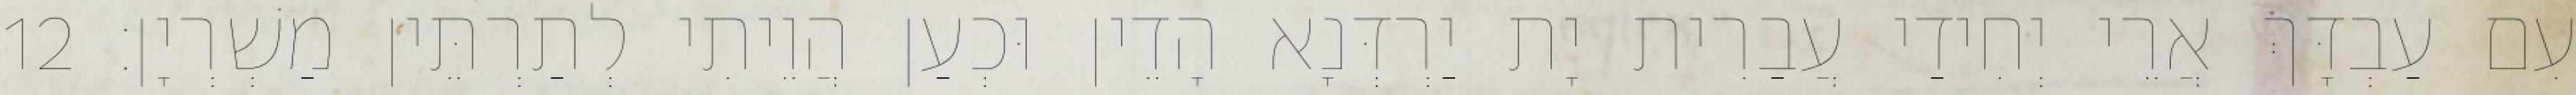
עִם עַבְדָּךְ אֲרֵי יְחִידַי עֲבַרִית יָת יַרְדְּנָא הָדֵין וּכְעַן הֲוֵיתִי לְתַרְתֵּין מַשְׁרְיָן׃ 12